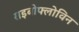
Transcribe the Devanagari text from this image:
राइबोफ्लोविन